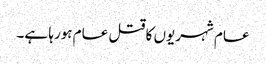
عام شہریوں کا قتل عام ہورہا ہے۔